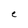
Character: e